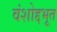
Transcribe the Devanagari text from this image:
वंशोद्दभूत